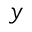
y